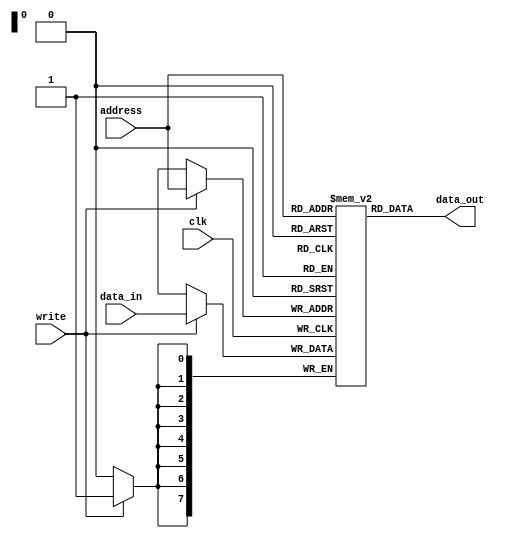
module mem_unit #(parameter word_sz = 8, mem_sz = 256)
	(	output [word_sz-1:0] data_out,
		input [word_sz-1:0] data_in, address,
		input clk, write);
	reg [word_sz-1:0] mem[mem_sz-1:0];
	assign data_out = mem[address];
	always @(posedge clk)
		if (write)
			mem[address] <= data_in;
endmodule